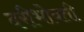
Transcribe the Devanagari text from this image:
दरीभोवती